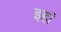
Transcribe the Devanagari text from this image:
इहां